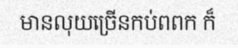
មានលុយច្រើនកប់ពពក ក៏